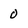
Character: 0